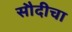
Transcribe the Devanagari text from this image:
सौदीचा